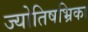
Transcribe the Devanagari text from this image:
ज्योतिषभ्रिका